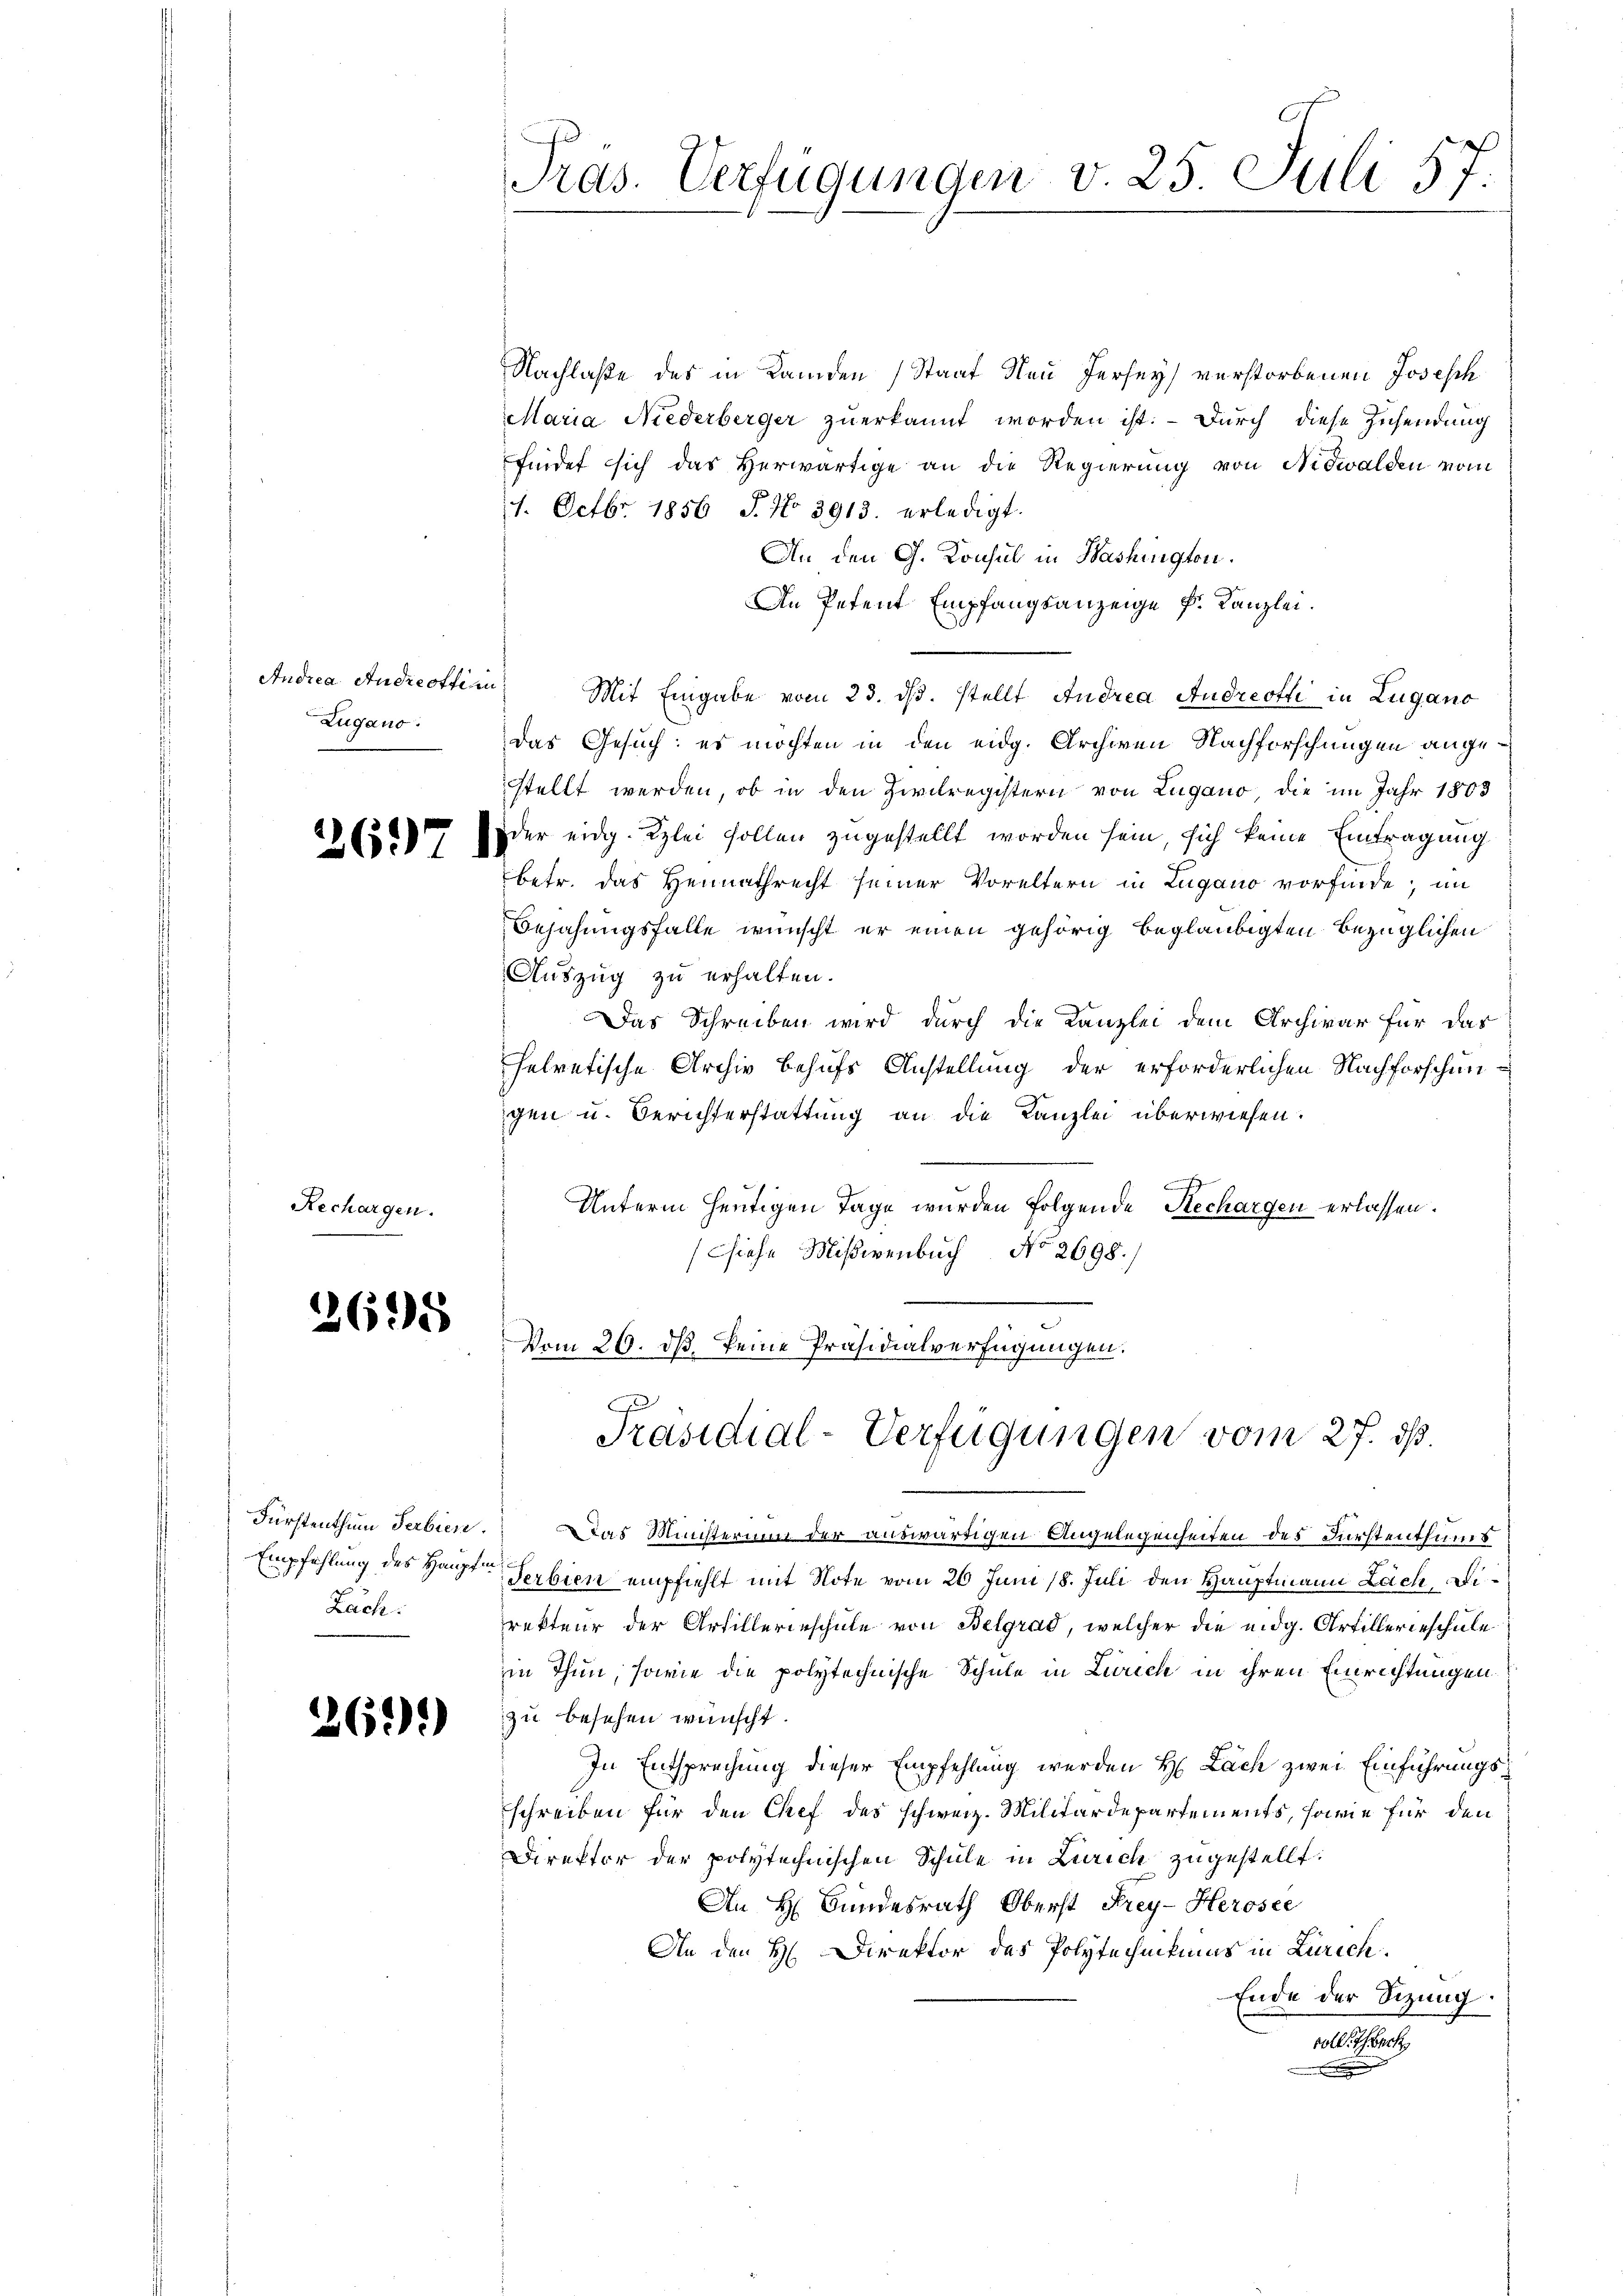
Zugano.

2697

Rechargen.

2695

Zach.

269)

Nachlaße des in Kanden (Staat Neu Jersey) verstorbenen Joseph
Maria Niederberger zuerkannt worden ist. – Durch diese Zusendung
findet sich das Herwärtige an die Regierung von Nidwalden vom
21. Octbr. 1856 J. No 3913. erledigt.
An den G. Konsul in Washington.
An Petent Empfangsanzeige k. Kanzlei.
Andrea Andreottin Mit Eingabe vom 23. ds. stellt Andrea Andreotti in Lugano
das Gesuch: es möchten in den eidg. Archiven Nachforschungen angestellt werden, ob in den Zivilregistern von Lugano, die im Jahr 1803
oder eidg. Kzlei sollen zugestellt worden sein, sich keine Eintragung
betr. das Heimathrecht seiner Voreltern in Lugano vorfinde; im
Bejahungsfalle wünscht er einen gehörig beglaubigten bezüglichen
Auszug zu erhalten.
Das Schreiben wird durch die Kanzlei dem Archivar für das
helvetische Archiv behufs Anstellung der erforderlichen Nachforschungen u. Berichterstattung an die Kanzlei überwiesen.
Unterm heutigen Tage wurden folgende Rechargen erlassen.
(siehe Mißivenbuch No. 2698.)
Vom 26. ds. seine Präsidialverfügungen.

Pras. Verfügungen v. 25. Juli 57.

C
Präsidial-Verfügungen vom 27. ds.

Fürstenthum Serbien. Das Ministerium der auswärtigen Angelegenheiten des Fürstenthums
Empfehlung des Haupten Serbien empfiehlt mit Note vom 26. Juni 18. Juli den Hauptmann Lach, Direkteur der Artillerieschule von Belgrad, welcher die eidg. Artillerieschule
in Thun, sowie die polytechnische Schule in Zürich in ihren Einrichtungen
zu besehen wünscht.
In Entsprechung dieser Empfehlung werden H. Lach zwei Einführungsschreiben für den Chef des schweiz. Militärdepartements, sowie für den
Direktor der polytechnischen Schule in Zürich zugestellt.
An H. Bundesrath Oberst Frey- Herosee
An den H Direktor des Polytechnikums in Zürich.
Ende der Sizung.
100 rt